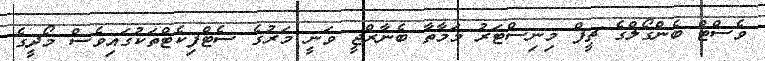
ވެސްޓް ބެންގޯލްގެ ޗީފް މިނިސްޓަރު މަމާތާ ބެނާރްޖީ ވަނީ މަރުގެ ސެޓްފިކެޓްތަކުގައިވެސް މޯދީގެ